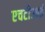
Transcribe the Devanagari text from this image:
एचटीआई